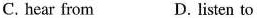
C. hear from D. listen to